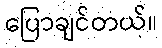
ပြောချင်တယ်။